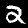
Label: 2